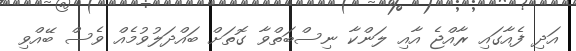
އަދި ފެއާގައި ރާއްޖެ އާއި ލަންކާ ނިސްބަތްވާ ގޮތަށް ބައްދަލުވުމެއް ވެސް ބޭއްވި